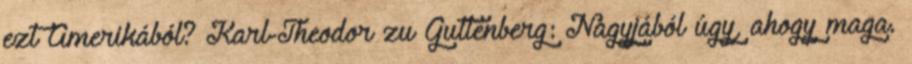
ezt Amerikából? Karl-Theodor zu Guttenberg: Nagyjából úgy, ahogy maga.